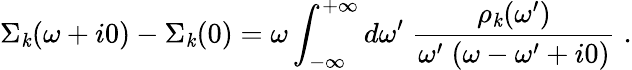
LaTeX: \Sigma_{\mathit{k}}(\omega+i0)-\Sigma_{\mathit{k}}(0)=\omega\int_{-\infty}^{+\infty}d\omega^{\prime}\; \frac{{\rho_{\mathit{k}}(\omega^{\prime})}}{{\omega^{\prime}\; (\omega-\omega^{\prime}+i0)}}\; .